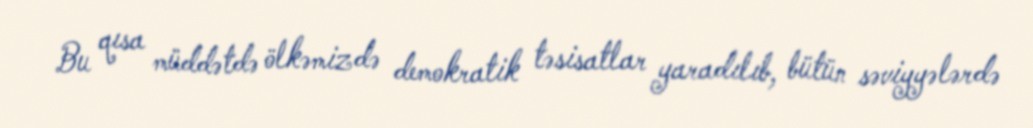
Bu qısa müddətdə ölkəmizdə demokratik təsisatlar yaradılıb, bütün səviyyələrdə